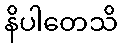
နိပါတေသိ